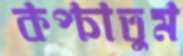
কপ্‌চাতুম